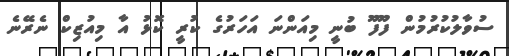
ސުވާލުކުރުމުން ފޫފޫ ބުނީ މިއަންނަ އަހަރުގެ ކުރީ ކޮޅު އާ މިއުޒިކް ނެރޭނެ